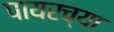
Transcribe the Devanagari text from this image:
पायरच्या